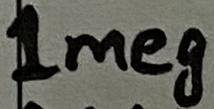
Text: 1meg